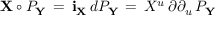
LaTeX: { \bf X } \circ { \cal P } _ { \bf Y } \, = \, { \bf i } _ { \bf X } \, d { \cal P } _ { \bf Y } \, = \, X ^ { u } \, { \o { \partial } { \partial _ { u } } } \, { \cal P } _ { \bf Y } \,